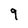
Character: 9